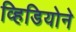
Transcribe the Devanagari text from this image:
व्हिडियोने